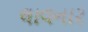
લાવનાર